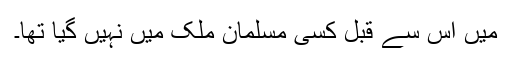
میں اس سے قبل کسی مسلمان ملک میں نہیں گیا تھا۔